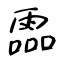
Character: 霝